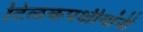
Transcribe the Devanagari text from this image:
टिळकपक्षीयांनी